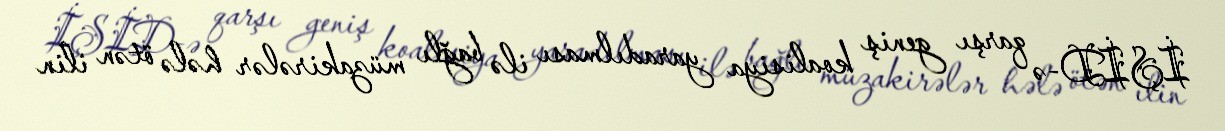
İŞİD-ə qarşı geniş koalisiya yaradılması ilə bağlı müzakirələr hələ ötən ilin